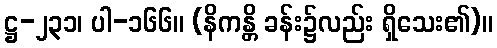
ဋ္ဌ-၂၃၁၊ ပါ-၁၆၆။ (နိကန္တိ ခန်း၌လည်း ရှိသေး၏)။